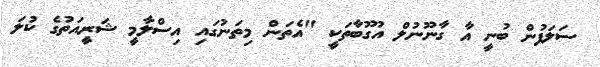
ސަލަފުން ބުނީ އާ ގާނޫނުލް އުގޫބާތަކީ "އެތަން މިތަނުގައި އިސްލާމީ ޝަރީއަތުގެ ކުލަ